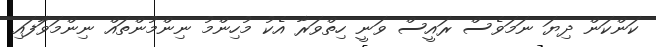
ކަންކަން ދިޔަ ނަމަވެސް ރައީސް ވަނީ ހިތްވަރާ އެކު މުހިންމު ނިންމުންތައް ނިންމަވާަފައި